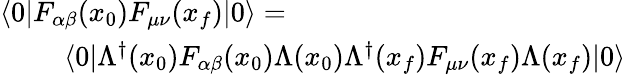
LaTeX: \begin{array}{r}{\langle 0|F_{\alpha\beta}(x_{0})F_{\mu\nu}(x_{f})|0\rangle=\qquad\qquad\qquad\qquad\qquad\qquad}\\ {\langle 0|\Lambda^{\dagger}(x_{0})F_{\alpha\beta}(x_{0})\Lambda(x_{0})\Lambda^{\dagger}(x_{f})F_{\mu\nu}(x_{f})\Lambda(x_{f})|0\rangle}\end{array}